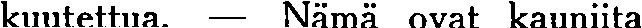
kuutettua. — Nämä ovat kauniita